Annual report on the health of the army in India
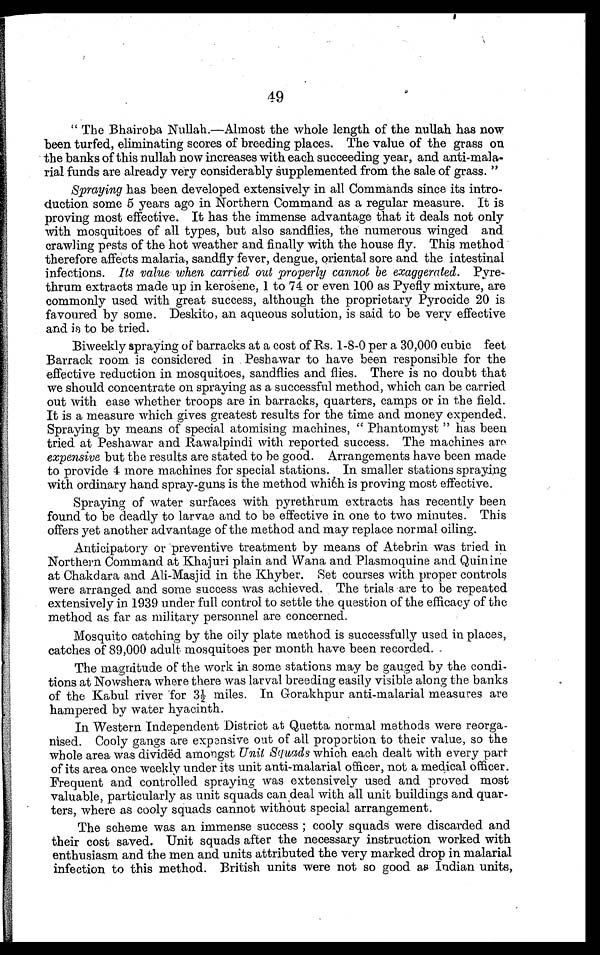
49
" The Bhairoba Nullah.—Almost the whole length of the nullah has now
been turfed, eliminating scores of breeding places. The value of the grass on
the banks of this nullah now increases with each succeeding year, and anti-mala
-rial funds are already very considerably supplemented from the sale of grass. "
Spraying has been developed extensively in all Commands since its intro-
duction some 5 years ago in Northern Command as a regular measure. It is
proving most effective. It has the immense advantage that it deals not only
with mosquitoes of all types, but also sandflies, the numerous winged and
crawling pests of the hot weather and finally with the house fly. This method
therefore affects malaria, sandfly fever, dengue, oriental sore and the intestinal
infections. Its value when carried out properly cannot be exaggerated. Pyre-
thrum extracts made up in kerosene, 1 to 74 or even 100 as Pyefly mixture, are
commonly used with great success, although the proprietary Pyrocide 20 is
favoured by some. Deskito, an aqueous solution, is said to be very effective
and is to be tried.
Biweekly spraying of barracks at a cost of Rs. 1-8-0 per a 30,000 cubic feet
Barrack room is considered in Peshawar to have been responsible for the
effective reduction in mosquitoes, sandflies and flies. There is no doubt that
we should concentrate on spraying as a successful method, which can be carried
out with ease whether troops are in barracks, quarters, camps or in the field.
It is a measure which gives greatest results for the time and money expended.
Spraying by means of special atomising machines, " Phantomyst " has been
tried at Peshawar and Rawalpindi with reported success. The machines are
expensive but the results are stated to be good. Arrangements have been made
to provide 4 more machines for special stations. In smaller stations spraying
with ordinary hand spray-guns is the method which is proving most effective.
Spraying of water surfaces with pyrethrum extracts has recently been
found to be deadly to larvae and to be effective in one to two minutes. This
offers yet another advantage of the method and may replace normal oiling.
Anticipatory or preventive treatment by means of Atebrin was tried in
Northern Command at Khajuri plain and Wana and Plasmoquine and Quinine
at Chakdara and Ali-Masjid in the Khyber. Set courses with proper controls
were arranged and some success was achieved. The trials are to be repeated
extensively in 1939 under full control to settle the question of the efficacy of the
method as far as military personnel are concerned.
Mosquito catching by the oily plate method is successfully used in places,
catches of 89,000 adult mosquitoes per month have been recorded.
The magnitude of the work in some stations may be gauged by the condi-
tions at Nowshera where there was larval breeding easily visible along the banks
of the Kabul river for 31/2 miles. In Gorakhpur anti-malarial measures are
hampered by water hyacinth.
In Western Independent District at Quetta normal methods were reorga-
nised. Cooly gangs are expensive out of all proportion to their value, so the
whole area was divided amongst Unit Squads which each dealt with every part
of its area once weekly under its unit anti-malarial officer, not a medical officer.
Frequent and controlled spraying was extensively used and proved most
valuable, particularly as unit squads can deal with all unit buildings and quar-
ters, where as cooly squads cannot without special arrangement.
The scheme was an immense success ; cooly squads were discarded and
their cost saved. Unit squads after the necessary instruction worked with
enthusiasm and the men and units attributed the very marked drop in malarial
infection to this method. British units were not so good as Indian units,